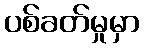
ပစ်ခတ်မှုမှာ